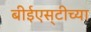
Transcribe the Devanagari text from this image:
बीईएस्‌टीच्या